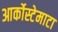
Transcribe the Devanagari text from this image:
आर्कोस्टेमाटा